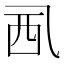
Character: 𧟢